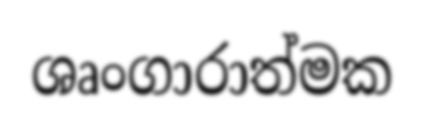
ශෘංගාරාත්මක